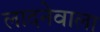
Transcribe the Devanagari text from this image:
लादनेवाला